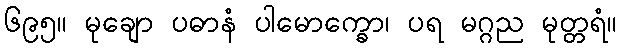
၆၉၅။ မုချော ပဓာနံ ပါမောက္ခော၊ ပရ မဂ္ဂည မုတ္တရံ။